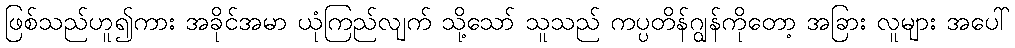
ဖြစ်သည်ဟူ၍ကား အခိုင်အမာ ယုံကြည်လျက် သို့သော် သူသည် ကပ္ပတိန်ဂျွန်ကိုတော့ အခြား လူများ အပေါ်